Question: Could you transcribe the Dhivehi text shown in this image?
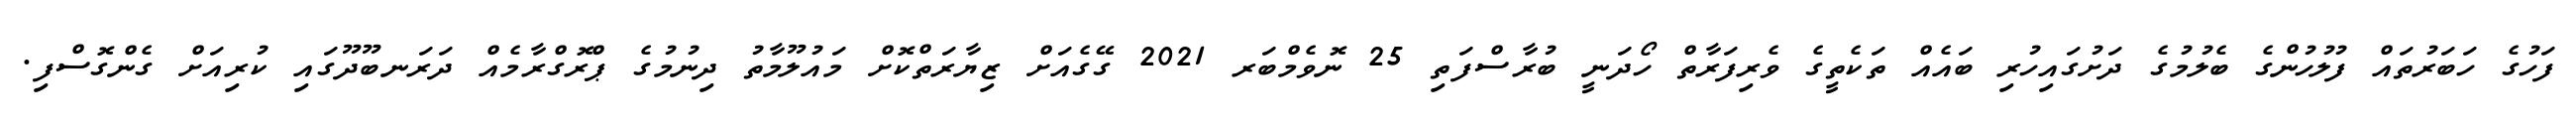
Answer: ފަހުގެ ހަބަރުތައް ފުލުހުންގެ ބެލުމުގެ ދަށުގައިހުރި ބައެއް ތަކެތީގެ ވެރިފަރާތް ހޯދަނީ ބުރާސްފަތި 25 ނޮވެމްބަރ 2021 ގޭގެއަށް ޒިޔާރަތްކޮށް މައުލޫމާތު ދިނުމުގެ ޕްރޮގްރާމެއް ދަރަނބޫދޫގައި ކުރިއަށް ގެންގޮސްފި.